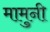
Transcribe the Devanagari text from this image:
मामुनी